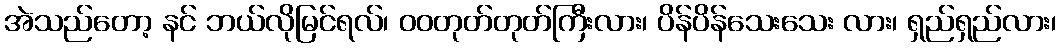
အဲသည်တော့ နင် ဘယ်လိုမြင်ရလ်၊ ဝဝတုတ်တုတ်ကြီးလား၊ ပိန်ပိန်သေးသေး လား၊ ရှည်ရှည်လား၊